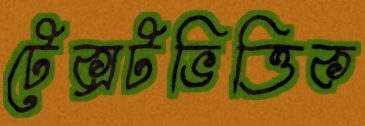
টেক্সটভিত্তিক